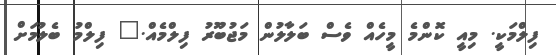
ފިލްމަކީ. މިއީ ކޮންމެ މީހެއް ވެސް ބަލާލުން މަޖުބޫރު ފިލްމެއް." ފިލްމު ބެލުމަށް